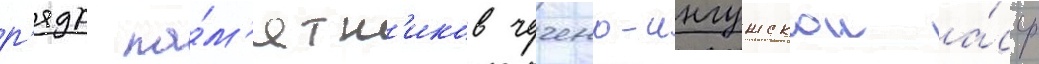
р'яда па́м'ятн'иков чечено-ингушскои а́сср